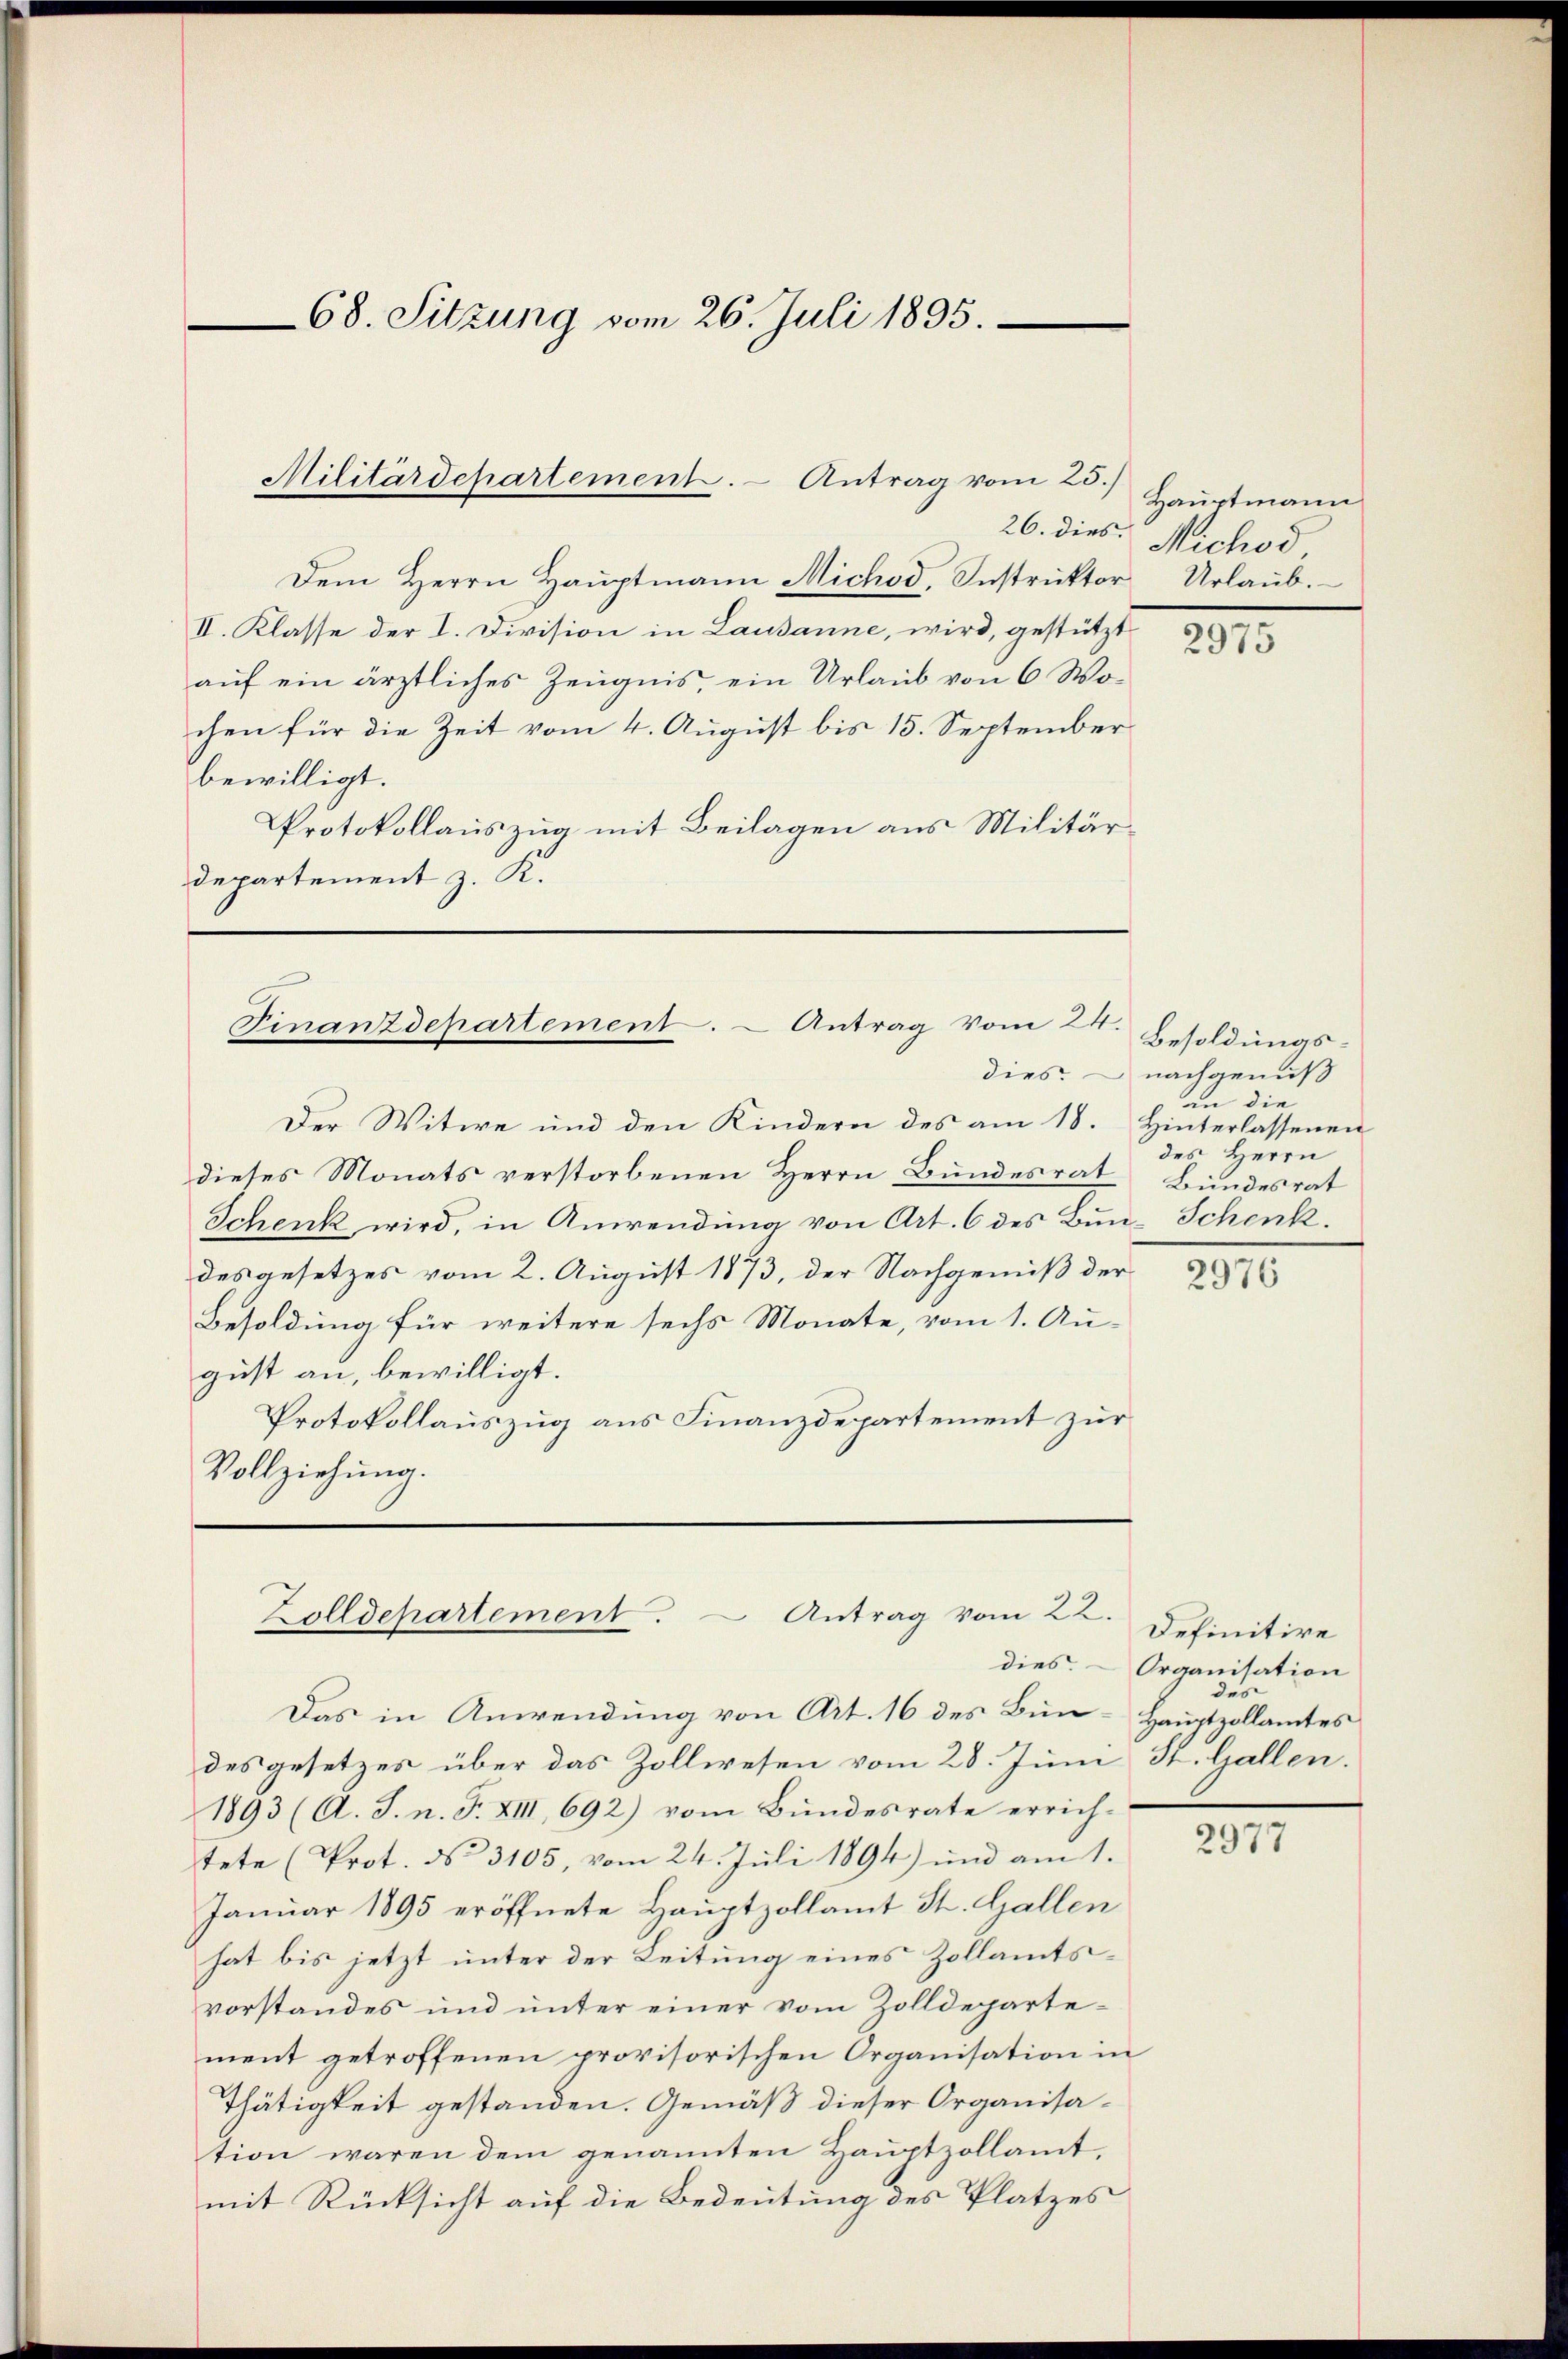
Dem Herrn Hauptmann Michod, Instruktor Urlaub.
II. Klasse der I. Division in Lausanne, wird, gestützt
auf ein ärztliches Zeugnis, ein Urlaub von 6 Wochen für die Zeit vom 4. August bis 15. September
bewilligt.
Protokollauszug mit Beilagen aus Militärdepartement z. K.

68. Sitzung vom 26. Juli 1895.

Militärdepartement. - Antrag vom 23.)

Finanzdepartement. – Antrag vom 24.

Der Witwe und den Kindern des am 18. Hinterlassenen
dieses Monats verstorbenen Herrn Bundesrat
Schenk wird, in Anwendung von Art. 6 des Bun-Schenk.
des gesetzes vom 2. August 1873, der Nachgemäß der
Besoldung für weitere sechs Monate, vom 1. Au-
gust an, bewilligt.
Protokollauszug aus Finanzdepartement zur
Vollziehung.

Das in Anwendung von Art. 16 des Bun-Hauptzollamtes
des gesetzes über das Zollwesen vom 28. Juni St. Gallen.
1893 (A. J. n. F. XIII, 692) vom Bundesrate errich-
tete (Prot. No 3105, vom 24. Juli 1894) und am 1.
Januar 1895 eröffnete Hauptzollamt St. Gallen
hat bis jetzt unter der Leitung eines Zollamtsvorstandes und unter einer vom Zolldepartement getroffenen provisorischen Organisation in
Thätigkeit gestanden. Gemäß dieser Organisation waren dem genannten Hauptzollamt,
mit Rücksicht auf die Bedeutung des Platzes

Zolldepartement. Antrag vom 22.

Hauptmann
26. dies. Nichod

2975

Besoldungs-
dies nachgenuß
an die
des Herrn
Bundesrat

2976

Definitive
dies. Organisation
des

2977